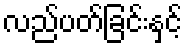
လည်ပတ်ခြင်းနှင့်